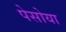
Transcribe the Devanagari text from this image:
पेसोया